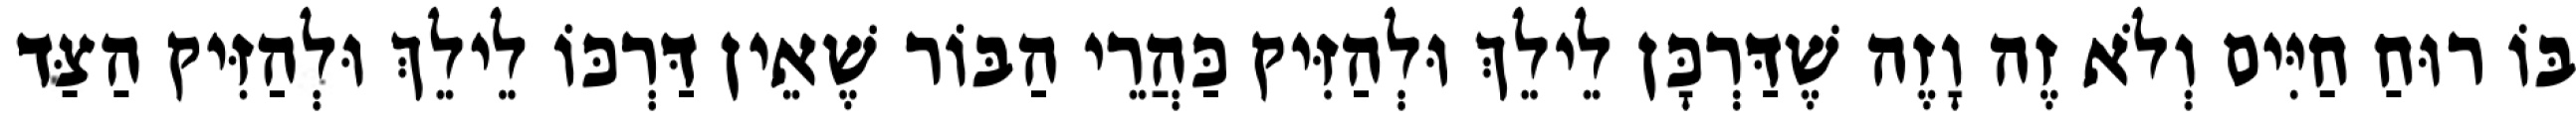
בּוֹ רוּחַ חַיִּים וְלֹא זֶה וָזֶה שֶׁדַּרְכָּן לֵילֵךְ וּלְהַזִּיק כַּהֲרֵי הַבּוֹר שֶׁאֵין דַּרְכּוֹ לֵילֵךְ וּלְהַזִּיק הַצַּד